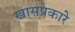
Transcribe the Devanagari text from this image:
खासप्रकारे